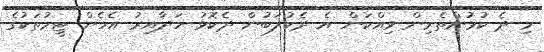
މި ދެ ކުޅުންތެރިން ވިއްކަން އެ ދެކުލަބުން ދެކޮޅު ހަދާއިރު އެހެން ޓީމުތަކުގެ